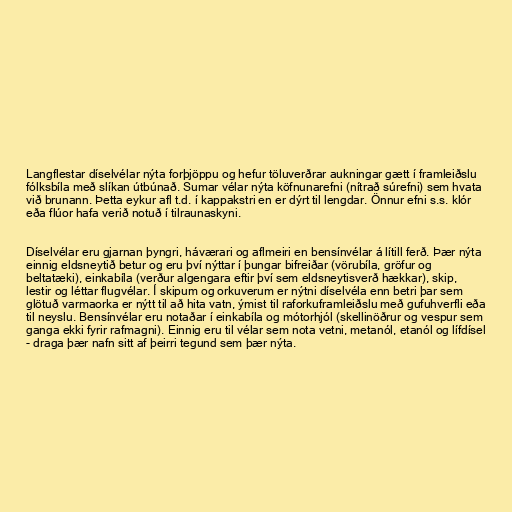
Langflestar díselvélar nýta forþjöppu og hefur töluverðrar aukningar gætt í framleiðslu
fólksbíla með slíkan útbúnað. Sumar vélar nýta köfnunarefni (nítrað súrefni) sem hvata
við brunann. Þetta eykur afl t.d. í kappakstri en er dýrt til lengdar. Önnur efni s.s. klór
eða flúor hafa verið notuð í tilraunaskyni.

Díselvélar eru gjarnan þyngri, háværari og aflmeiri en bensínvélar á lítill ferð. Þær nýta
einnig eldsneytið betur og eru því nýttar í þungar bifreiðar (vörubíla, gröfur og
beltatæki), einkabíla (verður algengara eftir því sem eldsneytisverð hækkar), skip,
lestir og léttar flugvélar. Í skipum og orkuverum er nýtni díselvéla enn betri þar sem
glötuð varmaorka er nýtt til að hita vatn, ýmist til raforkuframleiðslu með gufuhverfli eða
til neyslu. Bensínvélar eru notaðar í einkabíla og mótorhjól (skellinöðrur og vespur sem
ganga ekki fyrir rafmagni). Einnig eru til vélar sem nota vetni, metanól, etanól og lífdísel
- draga þær nafn sitt af þeirri tegund sem þær nýta.